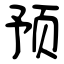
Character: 预